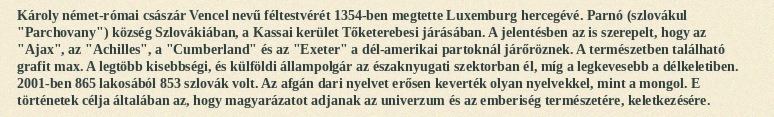
Károly német-római császár Vencel nevű féltestvérét 1354-ben megtette Luxemburg hercegévé. Parnó (szlovákul "Parchovany") község Szlovákiában, a Kassai kerület Tőketerebesi járásában. A jelentésben az is szerepelt, hogy az "Ajax", az "Achilles", a "Cumberland" és az "Exeter" a dél-amerikai partoknál járőröznek. A természetben található grafit max. A legtöbb kisebbségi, és külföldi állampolgár az északnyugati szektorban él, míg a legkevesebb a délkeletiben. 2001-ben 865 lakosából 853 szlovák volt. Az afgán dari nyelvet erősen keverték olyan nyelvekkel, mint a mongol. E történetek célja általában az, hogy magyarázatot adjanak az univerzum és az emberiség természetére, keletkezésére.